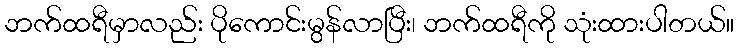
ဘက်ထရီမှာလည်း ပိုကောင်းမွန်လာပြီး၊ ဘက်ထရီကို သုံးထားပါတယ်။